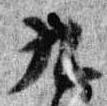
九